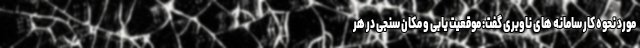
مورد نحوه کار سامانه های ناوبری گفت: موقعیت یابی و مکان سنجی در هر